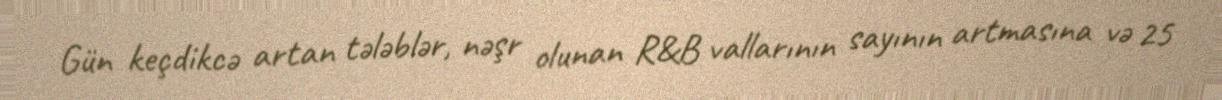
Gün keçdikcə artan tələblər, nəşr olunan R&B vallarının sayının artmasına və 25